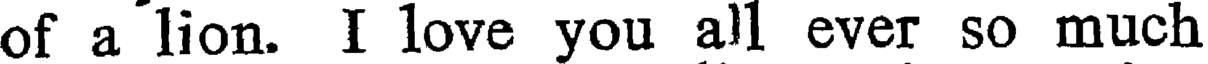
of a lion. I love you all ever so much